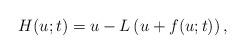
LaTeX: \begin{align*} H(u;t)=u-L\left(u+f(u;t)\right),\end{align*}